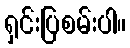
ရှင်းပြစမ်းပါ။